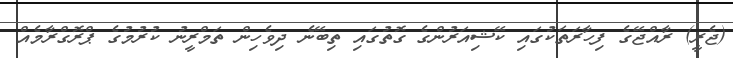
(ޖެރީ) ރާއްޖޭގެ ފިހާރަތަކުގައި ކޭޝިއަރުންގެ ގޮތުގައި ތިބޭނެ ދިވެހިން ތަމްރީނު ކުރުމުގެ ޕްރޮގްރާމެއް